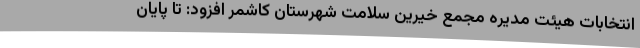
انتخابات هیئت مدیره مجمع خیرین سلامت شهرستان کاشمر افزود: تا پایان